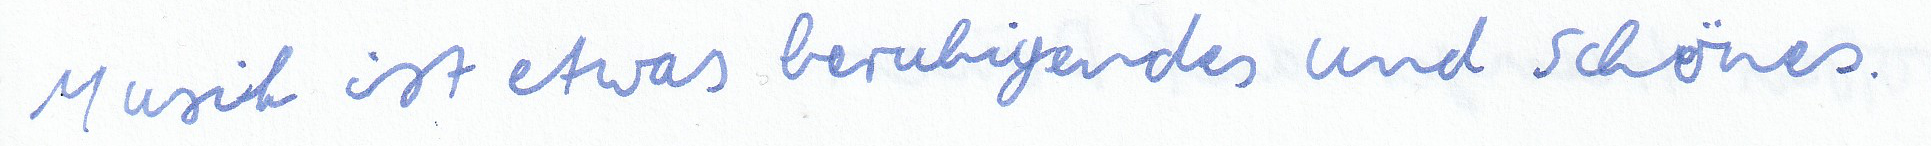
Musik ist etwas beruhigendes und schönes.